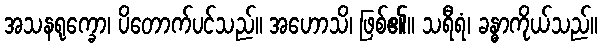
အသနရုက္ခော၊ ပိတောက်ပင်သည်။ အဟောသိ၊ ဖြစ်၏။ သရီရံ၊ ခန္ဓာကိုယ်သည်။